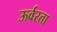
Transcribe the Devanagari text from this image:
ऊर्वरता